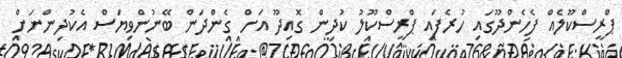
ޕްރީސްކޫލެއް ފެހެންދޫގައި ހުރެފައި ޕްރީސްކޫލު ކުދިން ގޮއިދޫ އަށް ގެންދަން ބޭނުންވިޔަސް އެކުދިންނަށް